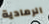
الرمادية